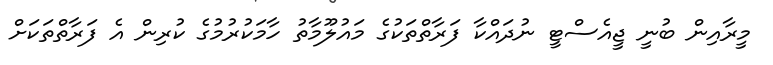
މީރާއިން ބުނީ ޖީއެސްޓީ ނުދައްކާ ފަރާތްތަކުގެ މައުލޫމާތު ހާމަކުރުމުގެ ކުރިން އެ ފަރާތްތަކަށް